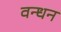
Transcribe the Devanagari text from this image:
वन्धन